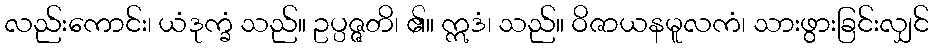
လည်းကောင်း၊ ယံဒုက္ခံ သည်။ ဥပ္ပဇ္ဇတိ၊ ၏။ ဣဒံ၊ သည်။ ဝိဇာယနမူလကံ၊ သားဖွားခြင်းလျှင်